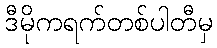
ဒီမိုကရက်တစ်ပါတီမှ